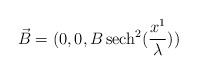
LaTeX: \begin{align*}\vec{B}=(0,0, B\,{\rm sech}^2(\frac{x^1}{\lambda}))\end{align*}